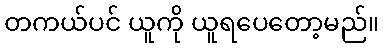
တကယ်ပင် ယူကို ယူရပေတော့မည်။